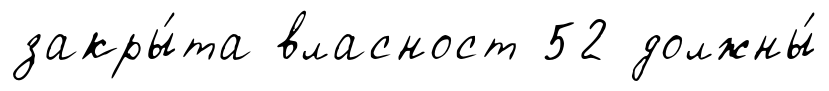
закры́та власност 52 должны́